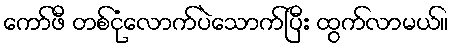
ကော်ဖီ တစ်ငုံလောက်ပဲသောက်ပြီး ထွက်လာမယ်။